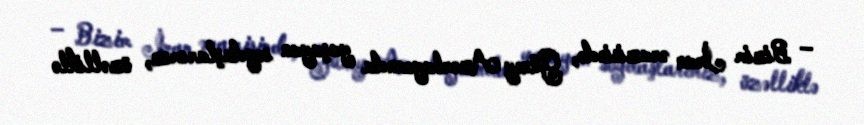
– Bizim İran ərazisində, Güney Azərbaycanda yaşayan soydaşlarımız, özəlliklə